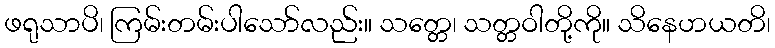
ဖရုသာပိ၊ ကြမ်းတမ်းပါသော်လည်း။ သတ္တေ၊ သတ္တဝါတို့ကို။ သိနေဟယတိ၊